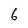
Character: 6